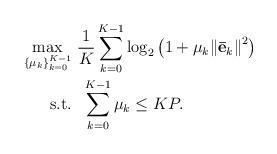
LaTeX: \begin{align*} \begin{aligned} \mathop {\max }\limits_{\{ {\mu}_k\} _{k = 0}^{K - 1} } & \ \frac{1}{{K}}\sum\limits_{k = 0}^{K - 1} {{{\log }_2}} \left( {1 + {\mu _k}{{\left\| {{{{\bf{\bar e}}}_k}} \right\|}^2}} \right)\\ {\rm{s.t.}} &\ \ \sum\limits_{k = 0}^{K - 1} {{\mu _k}} \le KP. \end{aligned} \end{align*}